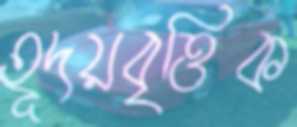
হূদয়বৃত্তিক